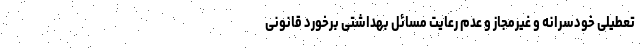
تعطیلی خودسرانه و غیرمجاز و عدم رعایت مسائل بهداشتی برخورد قانونی